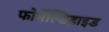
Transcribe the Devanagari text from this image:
फोर्मेल्डिहाइड